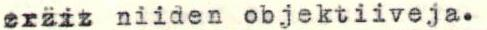
erziz niiden objektiiveja.